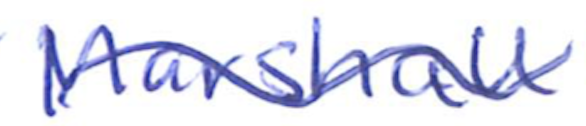
Text: Marshall
Cross-out: wave
Writing tool: ballpoint